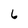
Character: 6